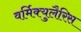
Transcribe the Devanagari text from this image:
वर्मिक्युलैरिस